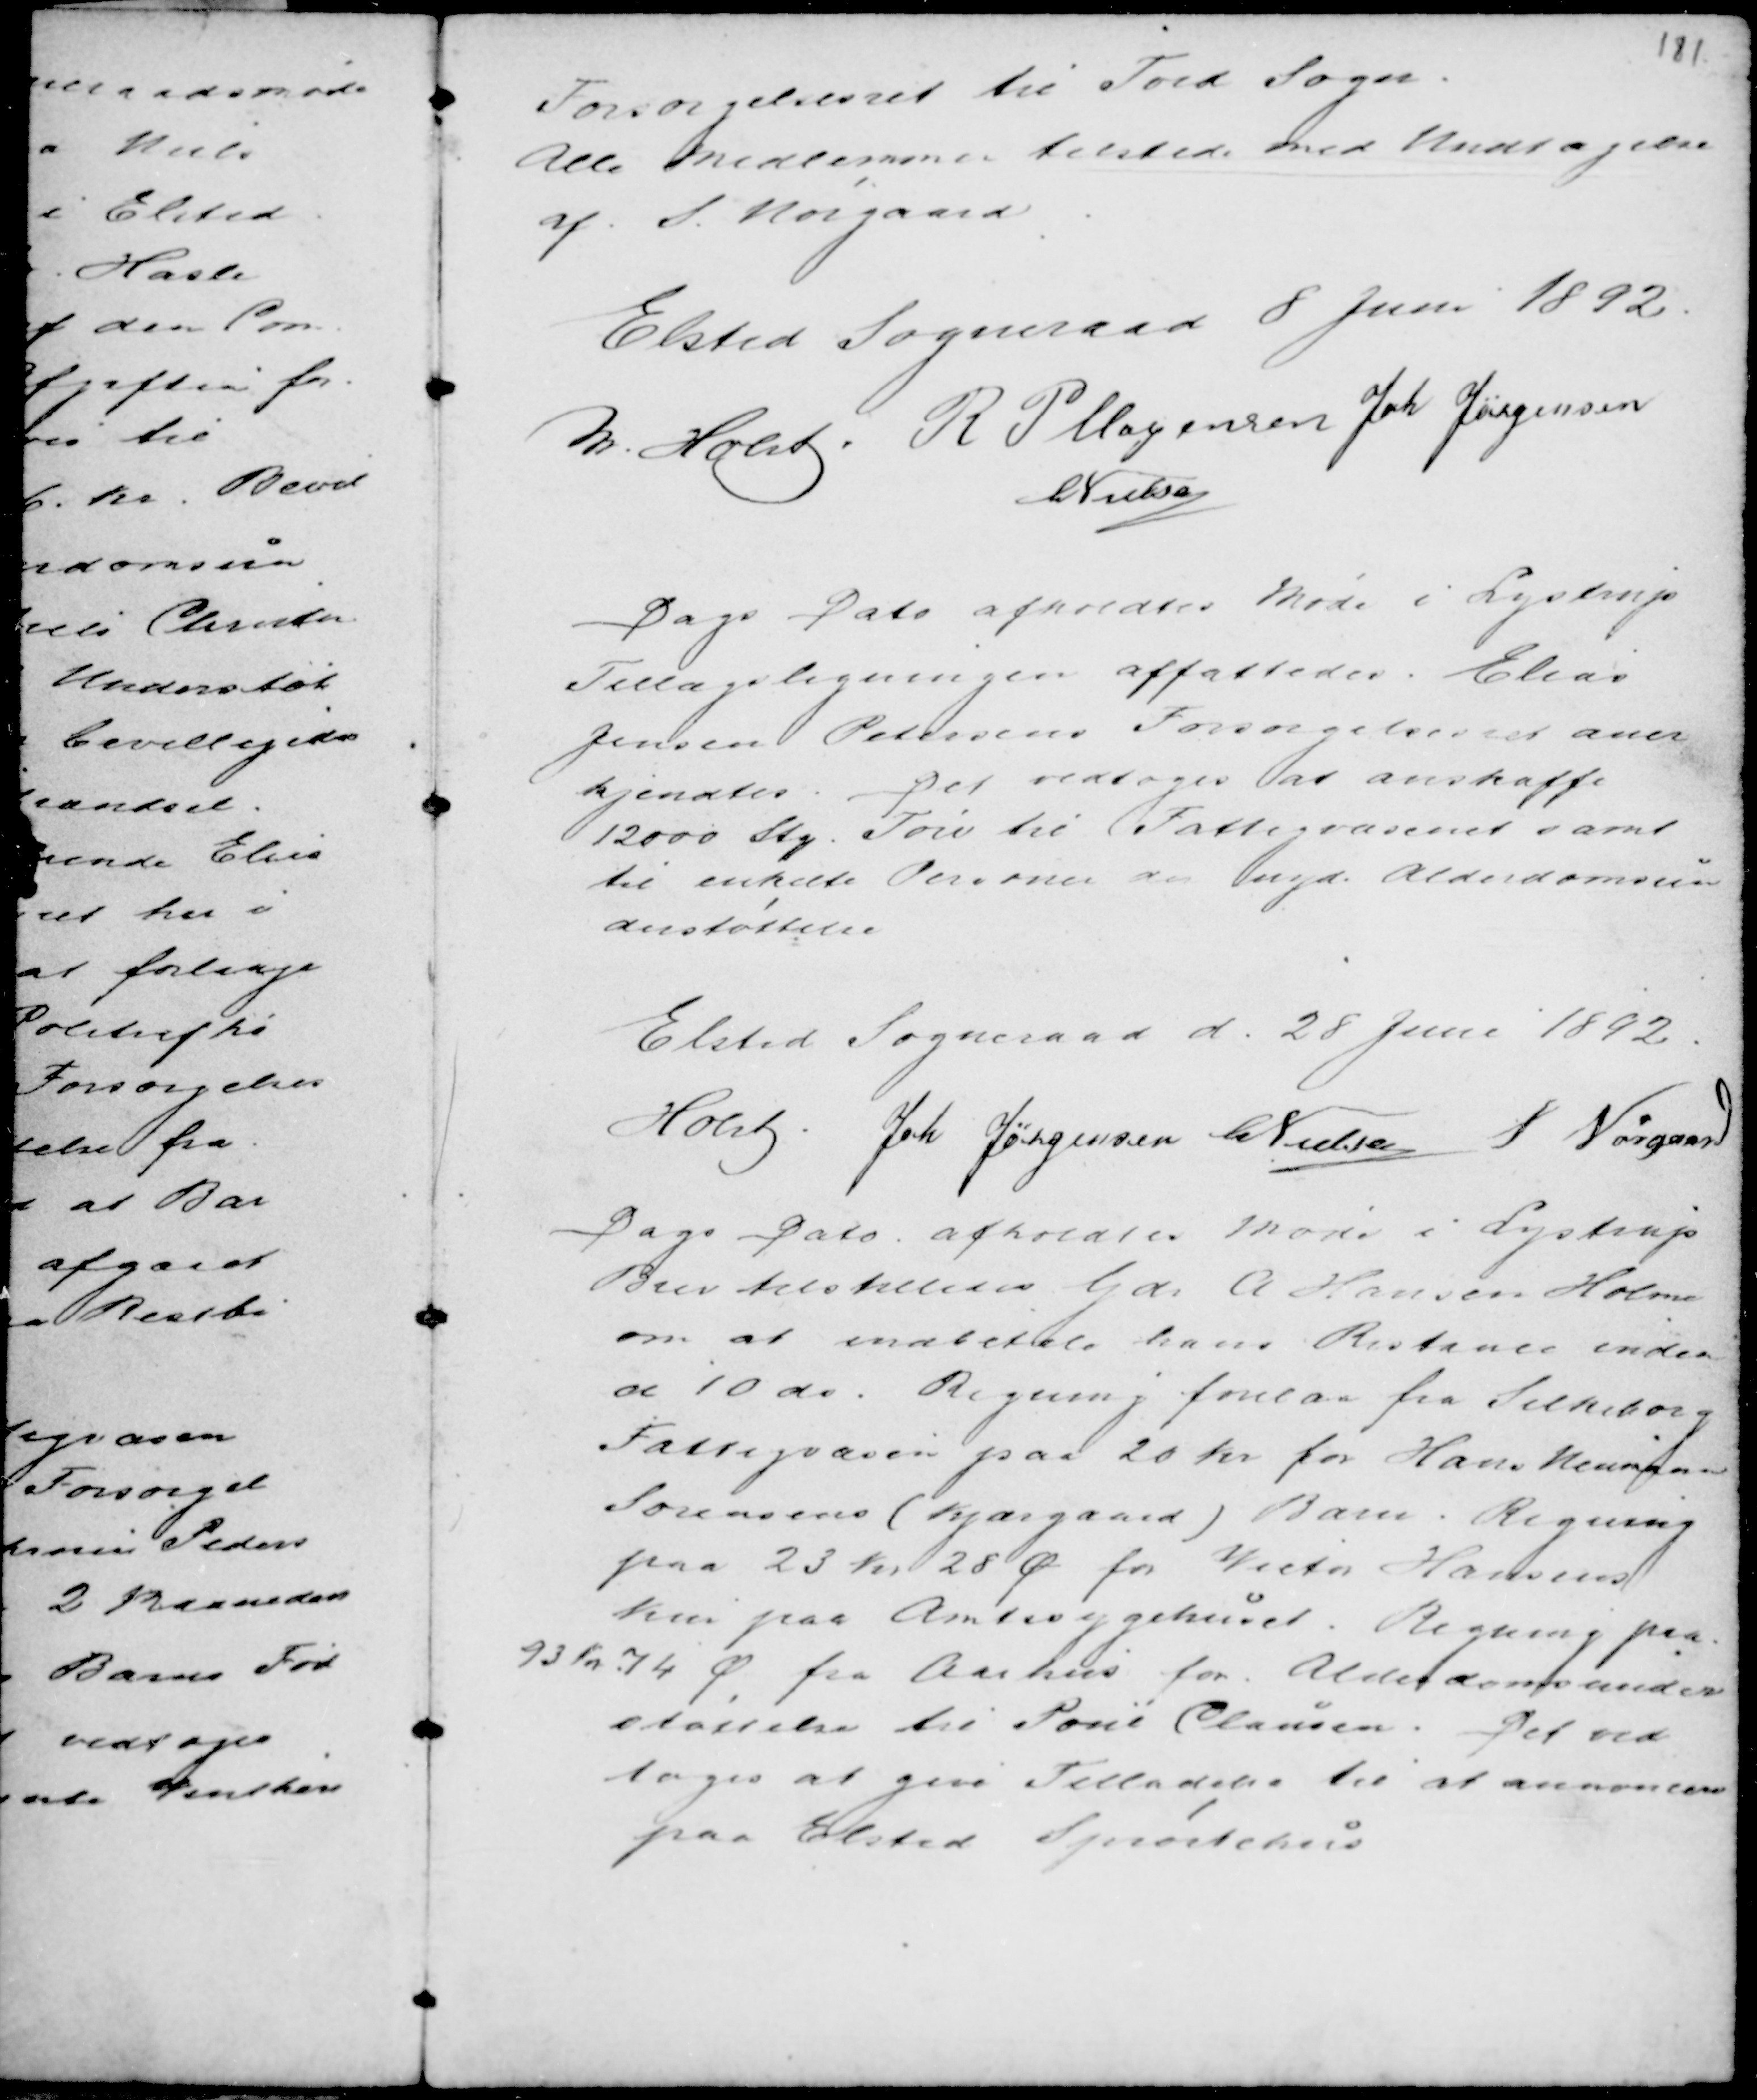
Transskription:
Forsørgelsesret til Tord Sager.
Alle Medlemmer tilstede med Undtagelse
af S. Nørgaard .

Elsted Sogneraad 8 Juni 1892.
M Holst R P Mogensen Joh Jørgensen
C Nielsen

Dags Dato afholdtes Møde i Lystrup
Tillægsligningen affattedes. Elias
Jensen Petersens Forsørgelsesret aner
kjendtes. Det vedtoges at anskaffe
12000 Stg. Tørv til Fattigvæsenet samt
til enkelte Personer der nyd. Alderdomsun
derstøttelse

Elsted Sogneraad d. 28 Juni 1892.
Holst . Joh Jørgensen C Nielsen S Nørgaard

Dags Dato afholdtes Møde i Lystrup
Brev tilstilledes Gdr A Hansen Holme
om at indbetale hans Restance inden
d 10 do. Regning forelaa fra Silkeborg
Fattigvæsen paa 20 Kr for Hans Neumann
Sørensens (Kjærgaard) Barn. Regning
paa 23 Kr 28 Ø for Victor Hansens
Kur paa Amtssygehuset. Regning paa
93 Kr 74 Ø. fra Aarhus for Alderdomsunder
støttelse til Poul Clausen. Det ved
toges at give Tilladelse til at annoncere
paa Elsted Sp........